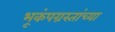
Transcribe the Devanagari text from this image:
भूकंपग्रस्तांच्या